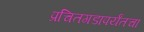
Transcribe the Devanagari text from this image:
प्रचितगडापर्यंतचा